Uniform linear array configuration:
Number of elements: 24
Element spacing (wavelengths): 0.25
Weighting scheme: hamming
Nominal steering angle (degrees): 60
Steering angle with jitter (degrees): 60.183
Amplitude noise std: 0.05
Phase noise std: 0.05

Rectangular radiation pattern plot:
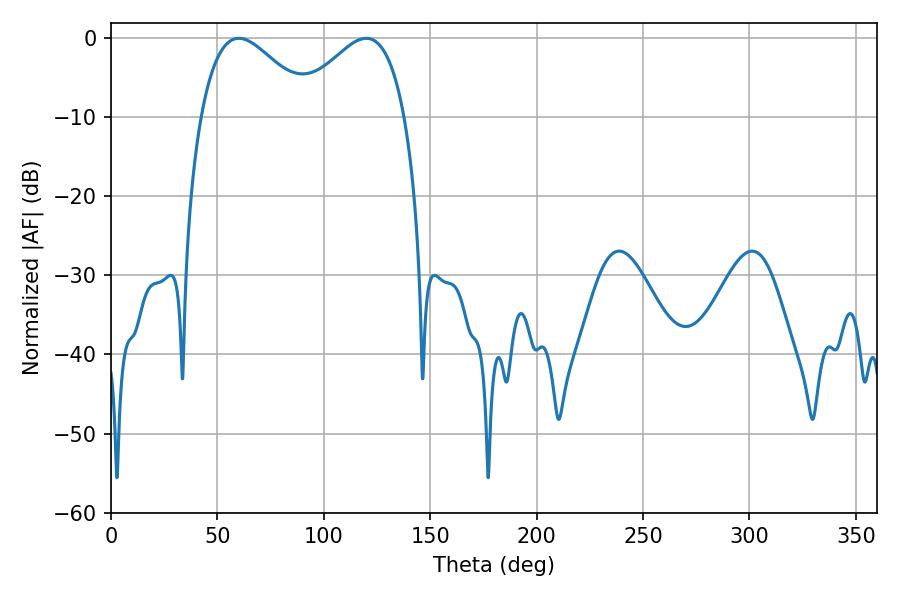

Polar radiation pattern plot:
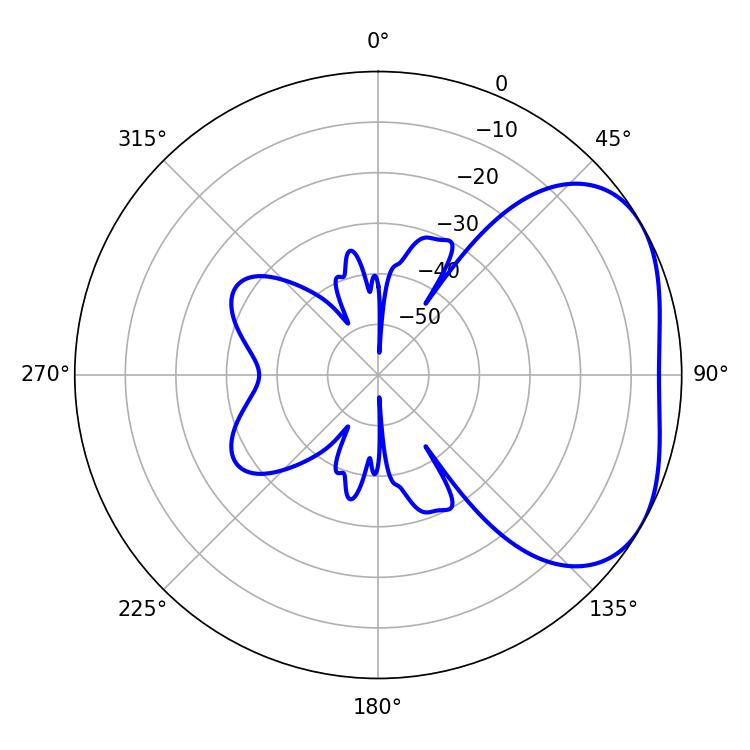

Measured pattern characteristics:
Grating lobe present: FALSE
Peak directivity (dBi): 3.382
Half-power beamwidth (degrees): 28.08
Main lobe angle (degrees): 60.12